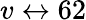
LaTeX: v\leftrightarrow 62